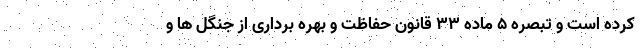
کرده است و تبصره ۵ ماده ۳۳ قانون حفاظت و بهره برداری از جنگل ها و